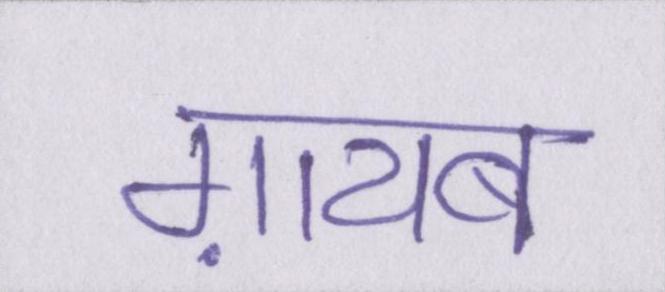
ग़ायब